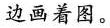
边画着图。